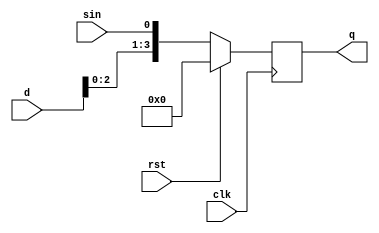
`timescale 1ns / 1ps
//////////////////////////////////////////////////////////////////////////////////
// Company: 
// Engineer: 
// 
// Design Name: 
// Module Name: lsr
// Project Name: 
// Target Devices: 
// Tool Versions: 
// Description: 
// 
// Dependencies: 
// 
// Revision:
// Revision 0.01 - File Created
// Additional Comments:
// 
//////////////////////////////////////////////////////////////////////////////////


module lsr(
    input clk,
    input rst,
    input sin,
    input [3:0] d,
    output reg [3:0] q
    );
    always@(posedge clk) begin
        if(rst == 1) begin
            q <= 1'b0;
        end
        else begin
            q <= {d[2:0],sin};
        end
    end
endmodule